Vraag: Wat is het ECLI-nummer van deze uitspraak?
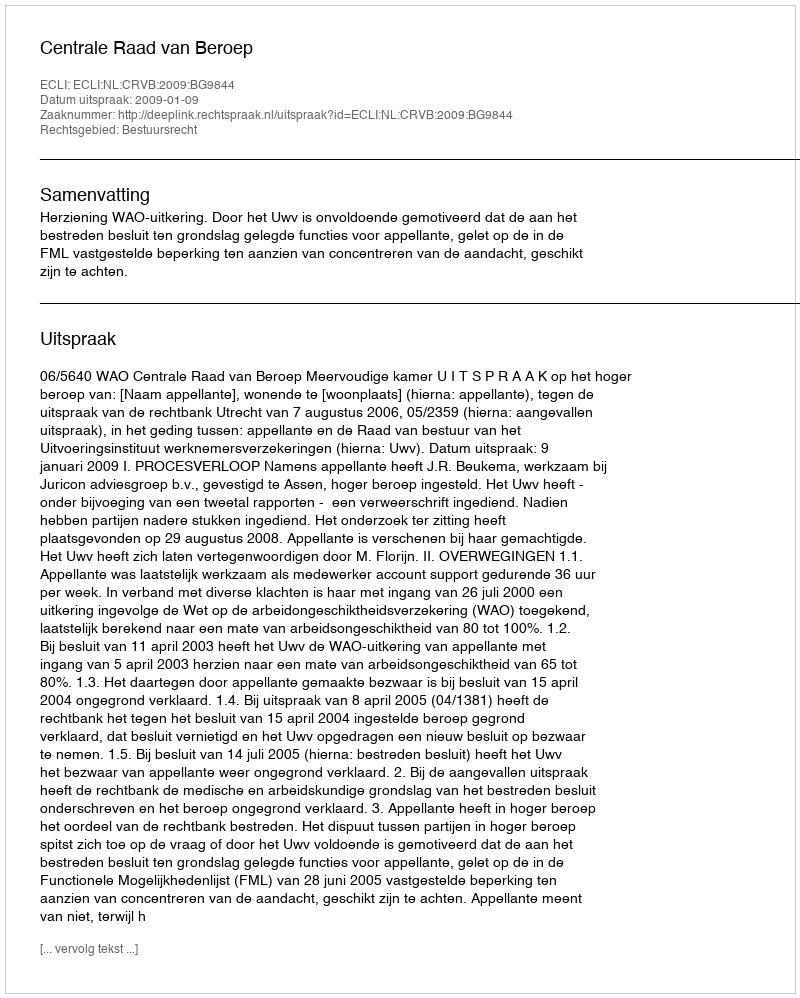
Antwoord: ECLI:NL:CRVB:2009:BG9844